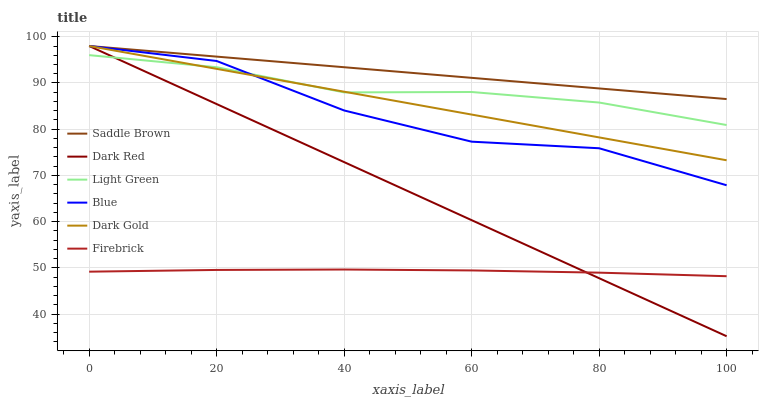
| xaxis_label | Saddle Brown | Dark Red | Light Green | Blue | Dark Gold | Firebrick |
 | --- | --- | --- | --- | --- | --- | --- |
 | 0 | 98 | 98 | 96 | 98 | 98 | 49.2 |
 | 20 | 95.7 | 85.4 | 93.4 | 94.8 | 93.1 | 49.6 |
 | 40 | 93.4 | 72.9 | 88 | 84.1 | 88.1 | 49.7 |
 | 60 | 91.1 | 60.3 | 88.1 | 77.3 | 83.2 | 49.5 |
 | 80 | 88.8 | 47.8 | 85.8 | 75.9 | 78.2 | 49 |
 | 100 | 86.5 | 35.2 | 80.9 | 67.9 | 73.3 | 48.2 |